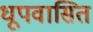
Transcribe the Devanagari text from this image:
धूपवासित